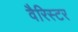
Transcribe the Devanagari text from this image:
वैरिस्टर